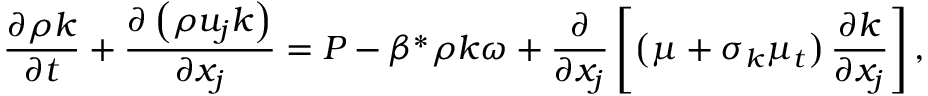
\frac { { \partial \rho k } } { { \partial t } } + \frac { { \partial \left( { \rho { u _ { j } } k } \right) } } { { \partial { x _ { j } } } } = P - \beta ^ { * } \rho k \omega + \frac { \partial } { { \partial { x _ { j } } } } \left[ { \left( { \mu + { \sigma _ { k } } { \mu _ { t } } } \right) \frac { { \partial k } } { { \partial { x _ { j } } } } } \right] ,